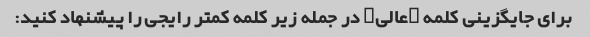
برای جایگزینی کلمه "عالی" در جمله زیر کلمه کمتر رایجی را پیشنهاد کنید: